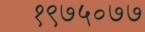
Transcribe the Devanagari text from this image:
१९७५०७७